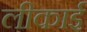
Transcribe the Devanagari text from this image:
लीकाई